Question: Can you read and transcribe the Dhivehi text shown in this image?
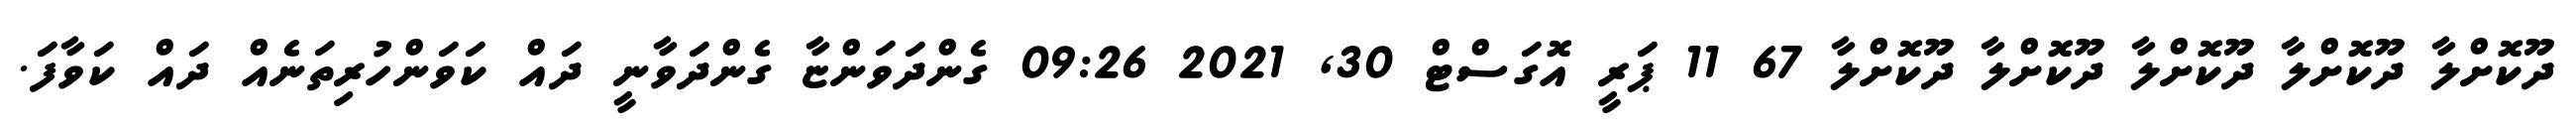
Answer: ދޫކޮށްލާ ދޫކޮށްލާ ދޫކޮށްލާ ދޫކޮށްލާ ދޫކޮށްލާ 67 11 ޕަރީ އޮގަސްޓް 30, 2021 09:26 ގެންދަވަންޏާ ގެންދަވާނީ ދައް ކަވަންހުރިތަނެއް ދައް ކަވާފަ.